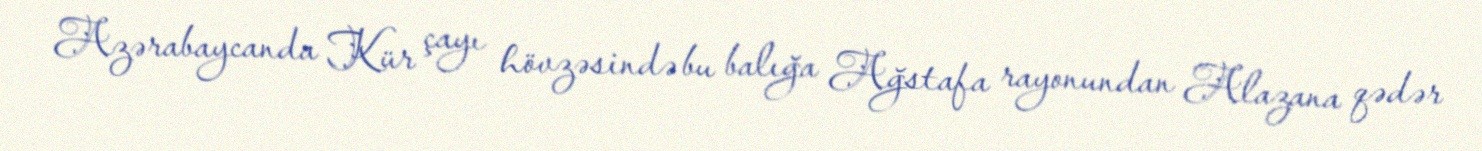
Azərabaycanda Kür çayı hövzəsində bu balığa Ağstafa rayonundan Alazana qədər